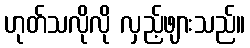
ဟုတ်သလိုလို လှည့်ဖျားသည်။